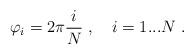
LaTeX: \begin{align*}\varphi_i = 2\pi \frac{i}{N} \ , \quad i=1...N \ .\end{align*}